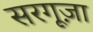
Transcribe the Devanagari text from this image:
सरगूज़ा